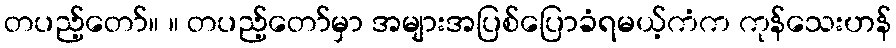
တပည့်တော်။ ။ တပည့်တော်မှာ အများအပြစ်ပြောခံရမယ့်ကံက ကုန်သေးဟန်